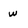
Character: w